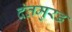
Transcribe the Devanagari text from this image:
दंतमुरड